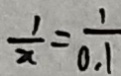
\frac { 1 } { x } = \frac { 1 } { 0 . 1 }